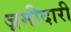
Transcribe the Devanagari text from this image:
ज़मीदारी